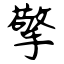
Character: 擎